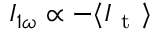
I _ { 1 \omega } \propto - \langle I _ { \mathrm { ~ t ~ } } \rangle